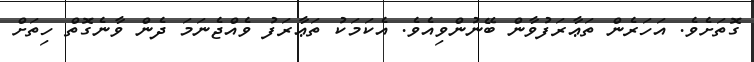
ގޮތަށެވެ. އަހަރެން ތަޢާރަފުވާން ބޭނުންވިއެވެ. އެކަމަކު ތަޢާރަފު ވެއްޖެނަމަ ދެން ވާނެގޮތް ހިތަށް